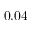
0 . 0 4